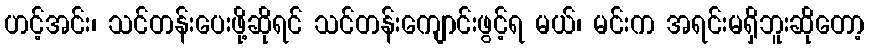
ဟင့်အင်း၊ သင်တန်းပေးဖို့ဆိုရင် သင်တန်းကျောင်းဖွင့်ရ မယ်၊ မင်းက အရင်းမရှိဘူးဆိုတော့